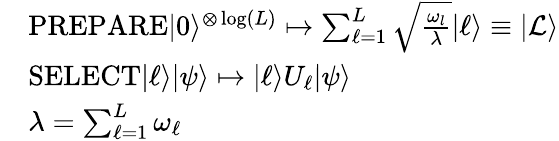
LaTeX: \begin{array}{rl}&{\mathrm{PREPARE}\vert 0\rangle^{\otimes\log(L)}\mapsto\sum_{\ell=1}^{L}\sqrt{\frac{\omega_{l}}{\lambda}}\vert\ell\rangle\equiv\vert\mathcal{L}\rangle}\\ &{\mathrm{SELECT}\vert\ell\rangle\vert\psi\rangle\mapsto\vert\ell\rangle U_{\ell}\vert\psi\rangle}\\ &{\lambda=\sum_{\ell=1}^{L}\omega_{\ell}}\end{array}